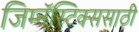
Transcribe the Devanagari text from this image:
जिम्नॅस्टिक्ससाठी